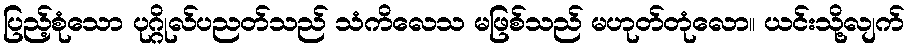
ပြည့်စုံသော ပုဂ္ဂိုလ်ပညတ်သည် သံကိလေသ မဖြစ်သည် မဟုတ်တုံလော။ ယင်းသို့လျက်